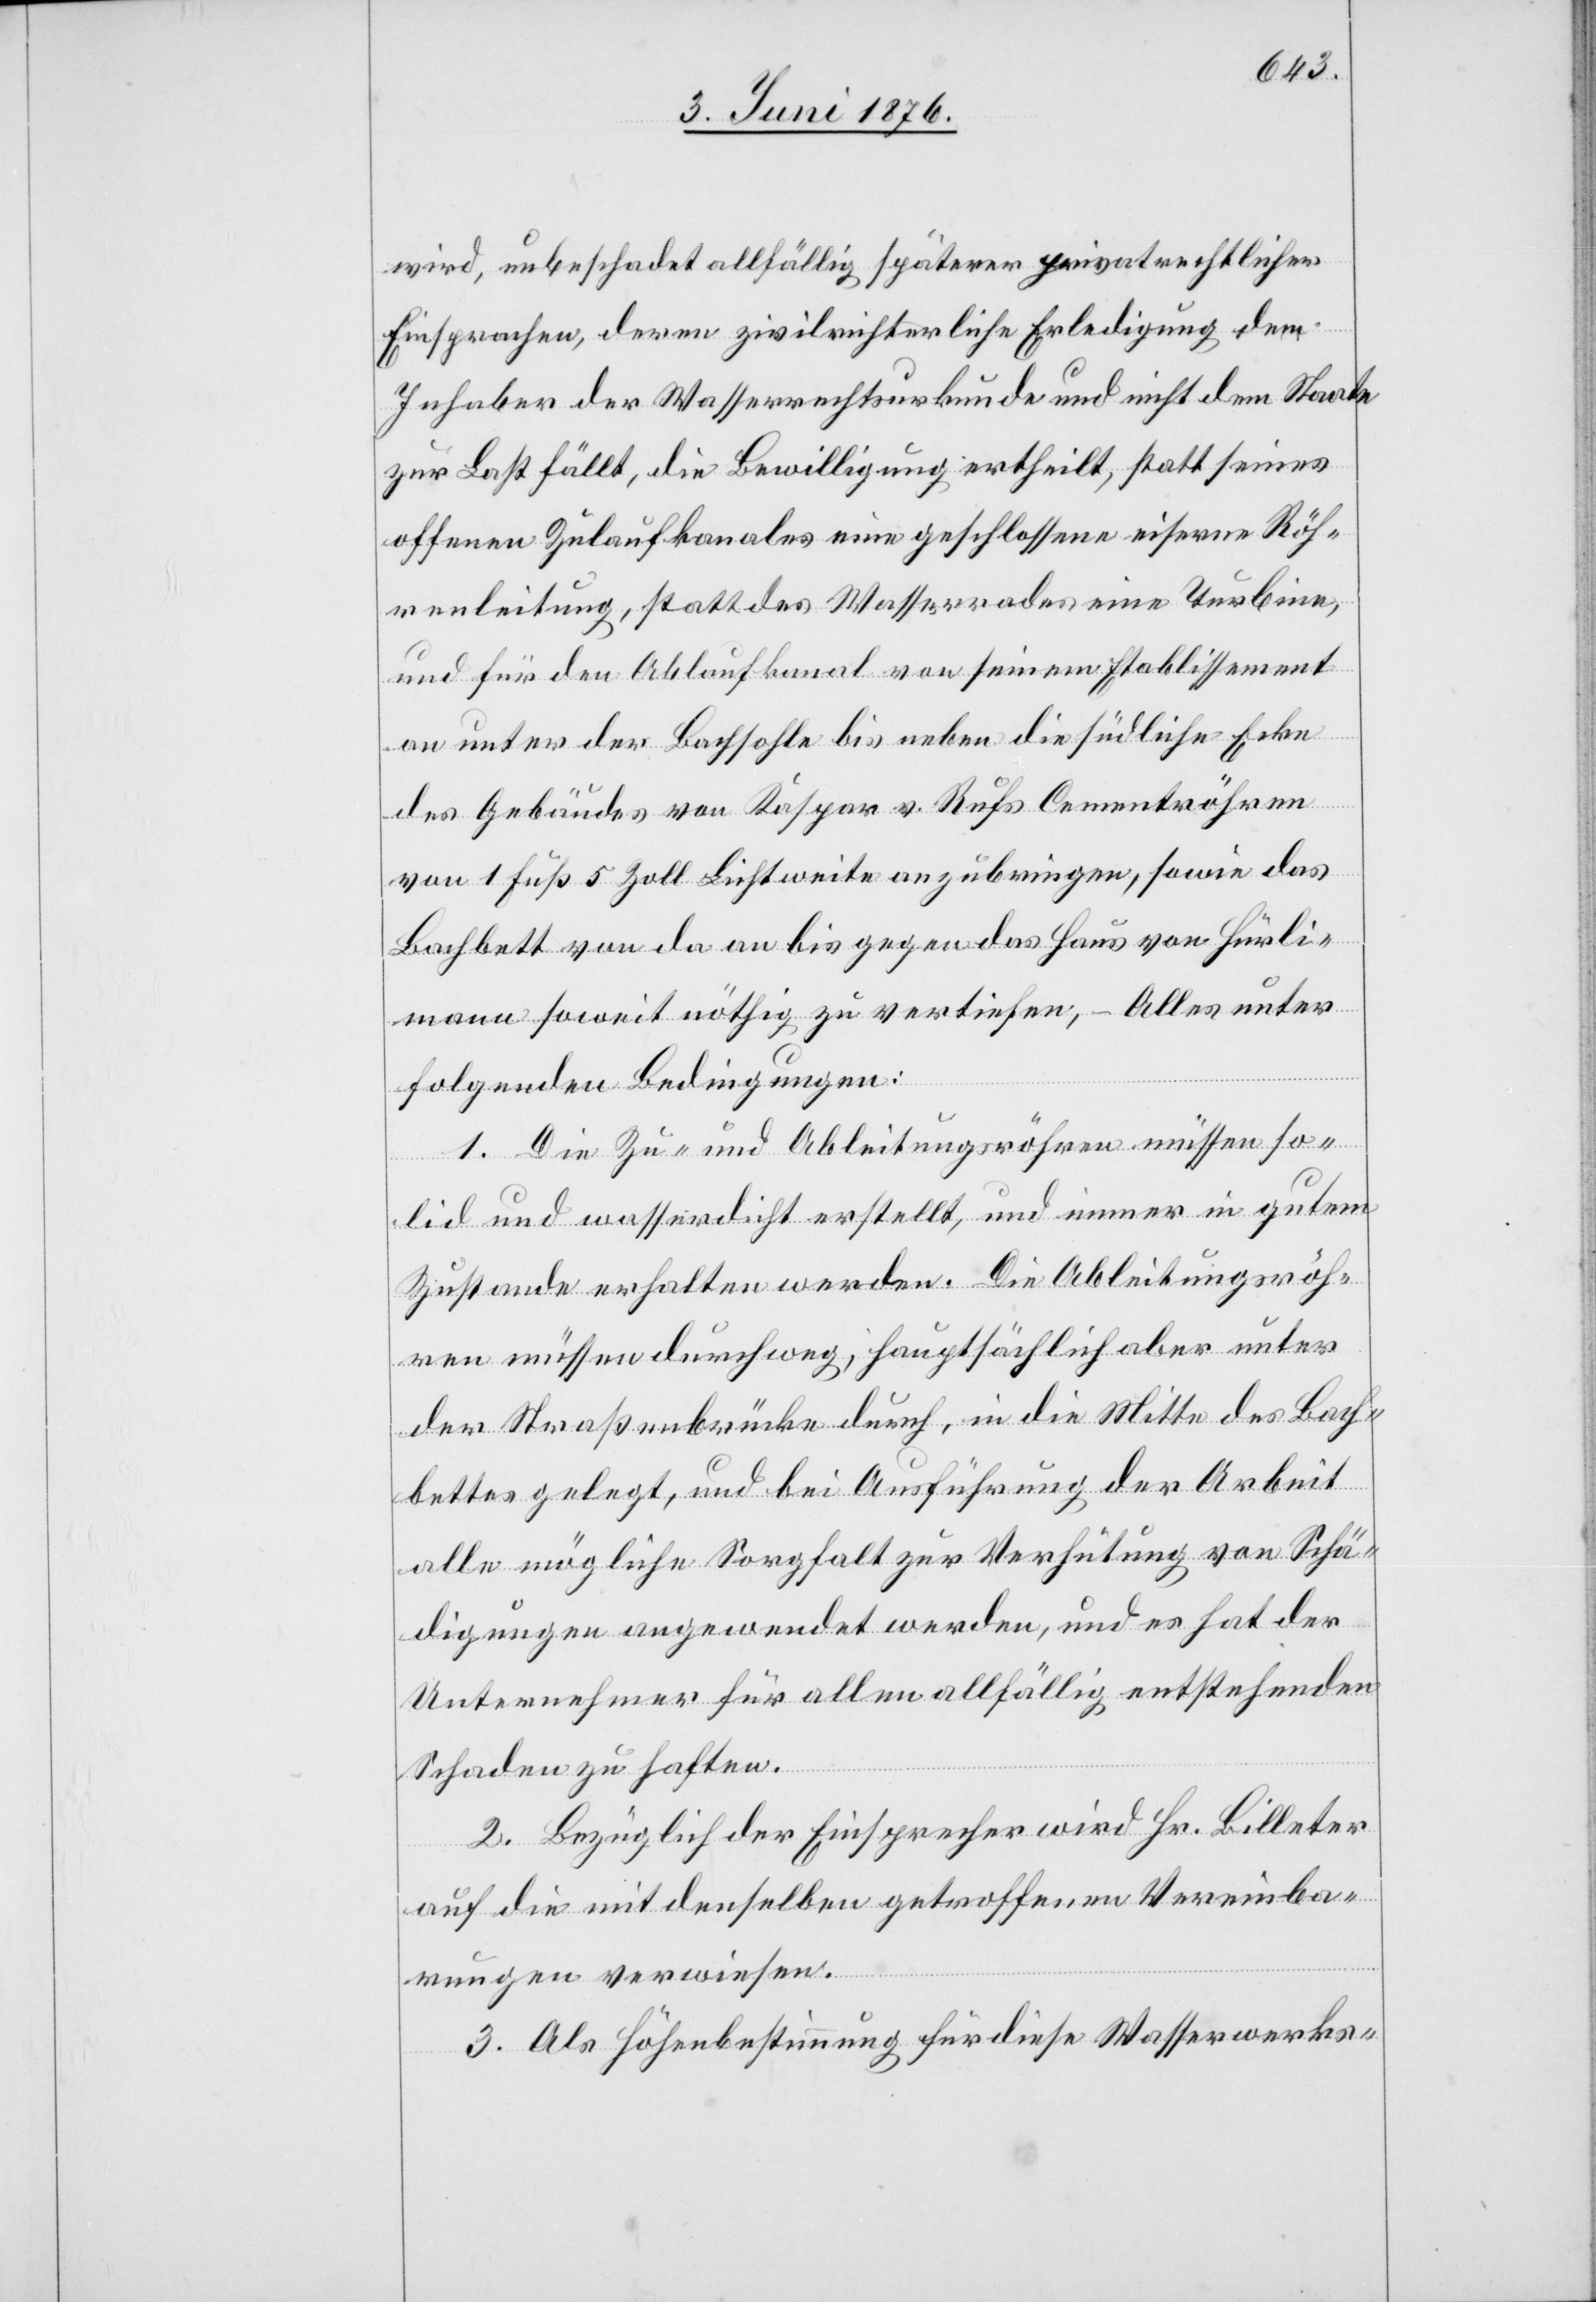
wird, unbeschadet allfällig späterer privatrechtlicher
Einsprachen, deren zivilrichterliche Erledigung dem
Inhaber der Wasserrechtsurkunde und nicht dem Staate
zur Last fällt, die Bewilligung ertheilt, statt seines
offenen Zulaufkanales eine geschlossene eiserne Röh¬
renleitung, statt des Wasserrades eine Turbine,
und für den Ablaufkanal von seinem Etablissement
an unter der Bachsohle bis neben die südliche Ecke
des Gebäudes von Kaspar v. Rufs Cementröhren
von 1 Fuß 5 Zoll Lichtweite anzubringen, sowie das
Bachbett von da an bis gegen das Haus von Hürli¬
mann soweit nöthig zu vertiefen, – Alles unter
folgenden Bedingungen:
1. Die Zu- und Ableitungsröhren müssen so¬
lid und wasserdicht erstellt, und immer in gutem
Zustande erhalten werden, Die Ableitungsröh¬
ren müssen durchweg, hauptsächlich aber unter
der Straßenbrücke durch, in die Mitte des Bach¬
bettes gelegt, und bei Ausführung der Arbeit
alle mögliche Sorgfalt zur Verhütung von Schä¬
digungen angewendet werden, und es hat der
Unternehmer für allen allfällig entstehenden
Schaden zu haften.
2. Bezüglich der Einsprecher wird Hr. Billeter
auf die mit denselben getroffenen Vereinba¬
rungen verwiesen.
3. Als Höhenbestimmung für diese Wasserwerks-